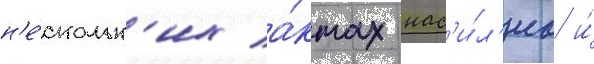
н'е́скольк'их а́ктах нас'и́л'иа и́